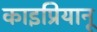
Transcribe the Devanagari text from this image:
काइप्रियानू